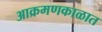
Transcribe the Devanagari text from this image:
आक्रमणकाळात